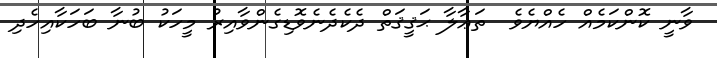
ވާނީ ކޮންކަމެއް ހެއްޔެވެ  ތަޢާލާ ޙަޤީޤަތް ދެކެދެނެވޮޑިގެންވާއިރު މީހަކު ބުނާ ބަހަކާއިހެދި